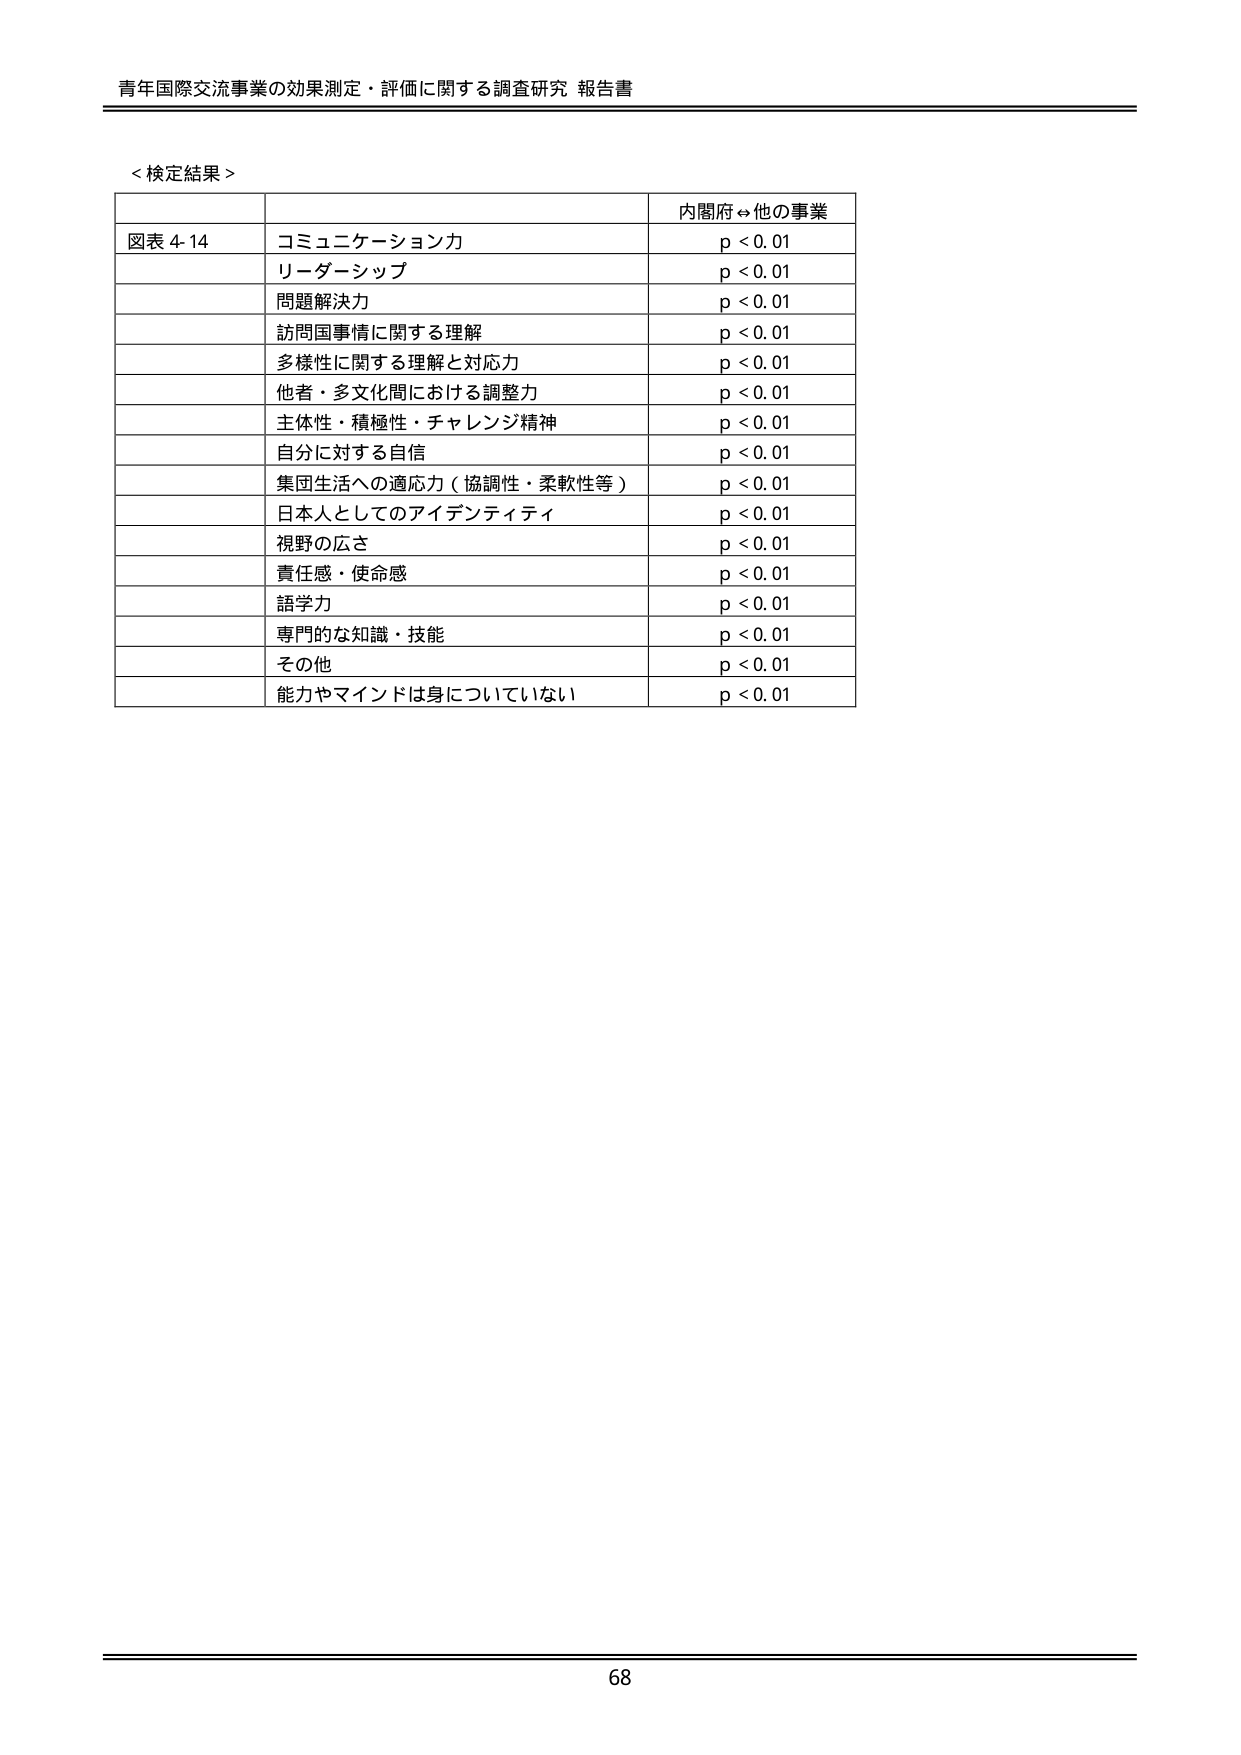
青年国際交流事業の効果測定・評価に関する調査研究 報告書

＜検定結果＞

図表 4-14 コミュニケーション力 p < 0.01
リーダーシップ p < 0.01
問題解決力 p < 0.01
訪問国事情に関する理解 p < 0.01
多様性に関する理解と対応力 p < 0.01
他者・多文化間における調整力 p < 0.01
主体性・積極性・チャレンジ精神 p < 0.01
自分に対する自信 p < 0.01
集団生活への適応力（協調性・柔軟性等） p < 0.01
日本人としてのアイデンティティ p < 0.01
視野の広さ p < 0.01
責任感・使命感 p < 0.01
語学力 p < 0.01
専門的な知識・技能 p < 0.01
その他 p < 0.01
能力やマインドは身についていない p < 0.01

内閣府⇔他の事業

68